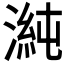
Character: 𭱴